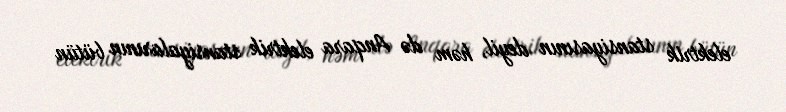
elektrik stansiyasının deyil, həm də Anqara elektrik stansiyalarının bütün